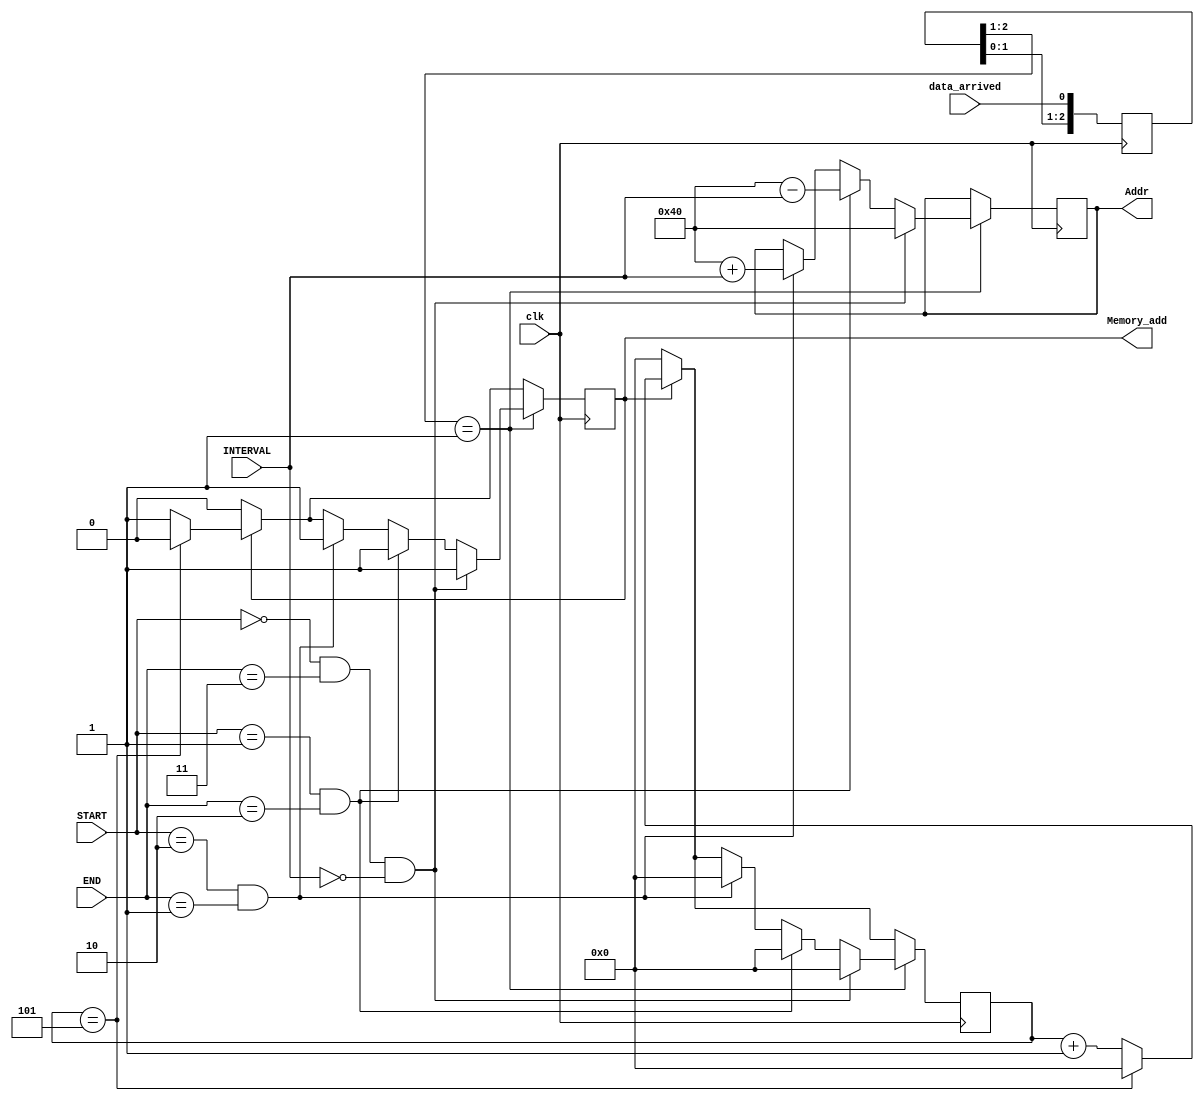

module plot_distributer(
	input wire clk,
	input wire [1:0] START,
	input wire [1:0] END,
	input wire [5:0] INTERVAL,
	input wire data_arrived,
	output reg [6:0] Addr = 0,
	output reg Memory_add = 0
);

reg [2:0] data_arrived_r;  always @(posedge clk) data_arrived_r <= { data_arrived_r[1:0], data_arrived };
wire data_arrived_rising  = ( data_arrived_r[2:1] == 2'b01 );
parameter address_0 = 64;
reg [3:0] count = 0;

reg add_internal = 0;


always @(posedge clk) begin
	if (Memory_add == 1'b1) begin
		if(count == 5) begin
			Memory_add <= 1'b0;
			count <= 0;
		end
		else begin
			count <= count + 1;
			Memory_add <= 1'b1;
		end
	end
	else count <= 0;
	if(data_arrived_rising) begin
		if(START == 2'b00 && END == 2'b11 && INTERVAL == 6'b000000) begin
			Addr <= address_0;
			Memory_add <= 1'b1;
			count<=0;
		end
		else if(START == 2'b01 && END == 2'b10) begin
			Addr <= address_0 - INTERVAL;
			Memory_add <= 1'b1;
			count<=0;
		end
		else if(START == 2'b10 && END == 2'b01) begin
			Addr <= address_0 + INTERVAL;
			Memory_add <= 1'b1;
			count<=0;
		end
	end
end
endmodule